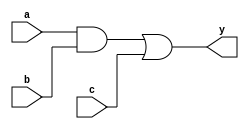
module combinational_logic (
    input wire a,
    input wire b,
    input wire c,
    output reg y
);

always @ (a or b or c) begin
    // Immediate assignment to output y based on the inputs
    y = (a & b) | c;  // Example combinational logic: AND and OR operations
end

endmodule